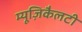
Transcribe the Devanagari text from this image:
म्यूज़िकैलटी